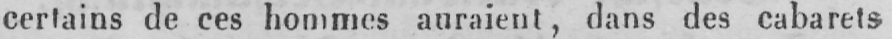
certains de ces hommes auraient, dans des cabarets